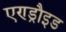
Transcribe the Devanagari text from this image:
एण्ड्रौइड